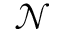
\mathcal { N }